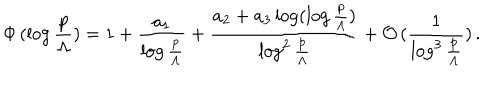
LaTeX: \Phi \, ( \log \frac { p } { \Lambda } ) = 1 + \frac { a _ { 1 } } { \log \frac { p } { \Lambda } } + \frac { a _ { 2 } + a _ { 3 } \log ( \log \frac { p } { \Lambda } ) } { \log ^ { 2 } \frac { p } { \Lambda } } + \mathcal { O } \, ( \frac { 1 } { \log ^ { 3 } \frac { p } { \Lambda } } ) \, .